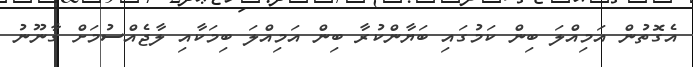
އެގޮތުން އަމިއްލަ ބިން ކަމުގައި ބަޔާންކުރާ ބިން އަމިއްލަ ބިމަކާއި ލާޖެއްސުމަށް ގާނޫނު